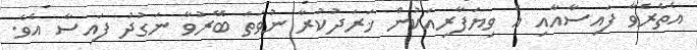
އެތެރެވާ ފައިސާއާއި އެ ވިޔަފާރިއަކުން ޚަރަދުކުރާ ނުވަތަ ބޭރުވާ ނަގުދު ފައިސާ އެވެ.